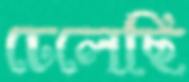
ঢেলেছি